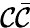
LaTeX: \mathcal{C}\bar{{\mathcal{C}}}